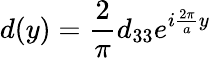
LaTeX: d(y)=\frac{2}{\pi}d_{33}e^{i\frac{2\pi}{a}y}